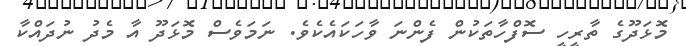
މޮޅަދޫގެ ތާރީހީ ސޮފްހާތަކުން ފެންނަ ވާހަކައެކެވެ. ނަމަވެސް މޮޅަދޫ އާ މެދު ނުދައްކާ